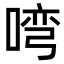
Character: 𭉎